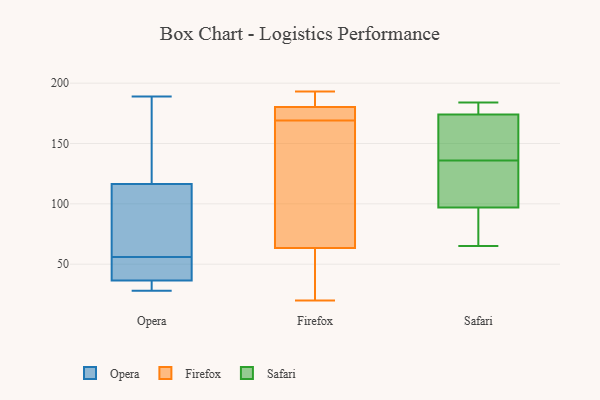
{"axis": {"x": "Conversion Rate (%)", "y": "Value"}, "legend": ["Firefox", "Opera", "Safari"], "data": [{"x": "", "y": 51, "type": "Opera"}, {"x": "", "y": 47, "type": "Opera"}, {"x": "", "y": 189, "type": "Opera"}, {"x": "", "y": 109, "type": "Opera"}, {"x": "", "y": 134, "type": "Opera"}, {"x": "", "y": 32, "type": "Opera"}, {"x": "", "y": 112, "type": "Opera"}, {"x": "", "y": 33, "type": "Opera"}, {"x": "", "y": 28, "type": "Opera"}, {"x": "", "y": 56, "type": "Opera"}, {"x": "", "y": 118, "type": "Opera"}, {"x": "", "y": 190, "type": "Firefox"}, {"x": "", "y": 171, "type": "Firefox"}, {"x": "", "y": 56, "type": "Firefox"}, {"x": "", "y": 20, "type": "Firefox"}, {"x": "", "y": 184, "type": "Firefox"}, {"x": "", "y": 110, "type": "Firefox"}, {"x": "", "y": 179, "type": "Firefox"}, {"x": "", "y": 169, "type": "Firefox"}, {"x": "", "y": 109, "type": "Firefox"}, {"x": "", "y": 172, "type": "Firefox"}, {"x": "", "y": 66, "type": "Firefox"}, {"x": "", "y": 36, "type": "Firefox"}, {"x": "", "y": 135, "type": "Firefox"}, {"x": "", "y": 51, "type": "Firefox"}, {"x": "", "y": 179, "type": "Firefox"}, {"x": "", "y": 189, "type": "Firefox"}, {"x": "", "y": 193, "type": "Firefox"}, {"x": "", "y": 141, "type": "Safari"}, {"x": "", "y": 145, "type": "Safari"}, {"x": "", "y": 131, "type": "Safari"}, {"x": "", "y": 74, "type": "Safari"}, {"x": "", "y": 65, "type": "Safari"}, {"x": "", "y": 174, "type": "Safari"}, {"x": "", "y": 184, "type": "Safari"}, {"x": "", "y": 183, "type": "Safari"}, {"x": "", "y": 123, "type": "Safari"}, {"x": "", "y": 97, "type": "Safari"}]}